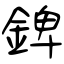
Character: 錍